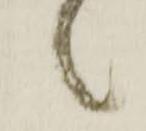
候